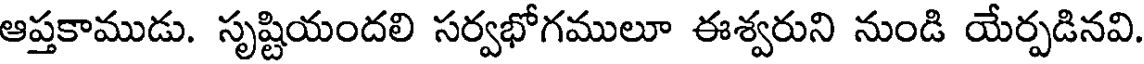
ఆప్తకాముడు. సృష్టియందలి సర్వభోగములూ ఈశ్వరుని నుండి యేర్పడినవి